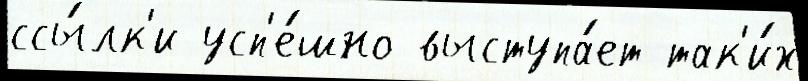
ссы́лк'и усп'е́шно выступа́ет так'и́х